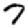
Digit: 7